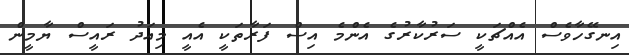
އިނގޭހާވެސް އެއްޗަކީ ސަރުކާރުގެ އެންމެ އިސް ފަރާތަކީ އެއީ މިއަދު ރައީސް ޔާމީން